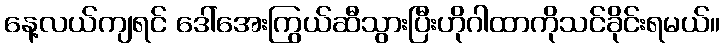
နေ့လယ်ကျရင် ဒေါ်အေးကြွယ်ဆီသွားပြီးဟိုဂါထာကိုသင်ခိုင်းရမယ်။